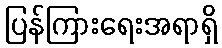
ပြန်ကြားရေးအရာရှိ